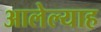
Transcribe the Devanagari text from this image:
आलेल्याह